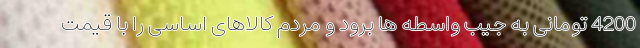
4200 تومانی به جیب واسطه ها برود و مردم کالاهای اساسی را با قیمت